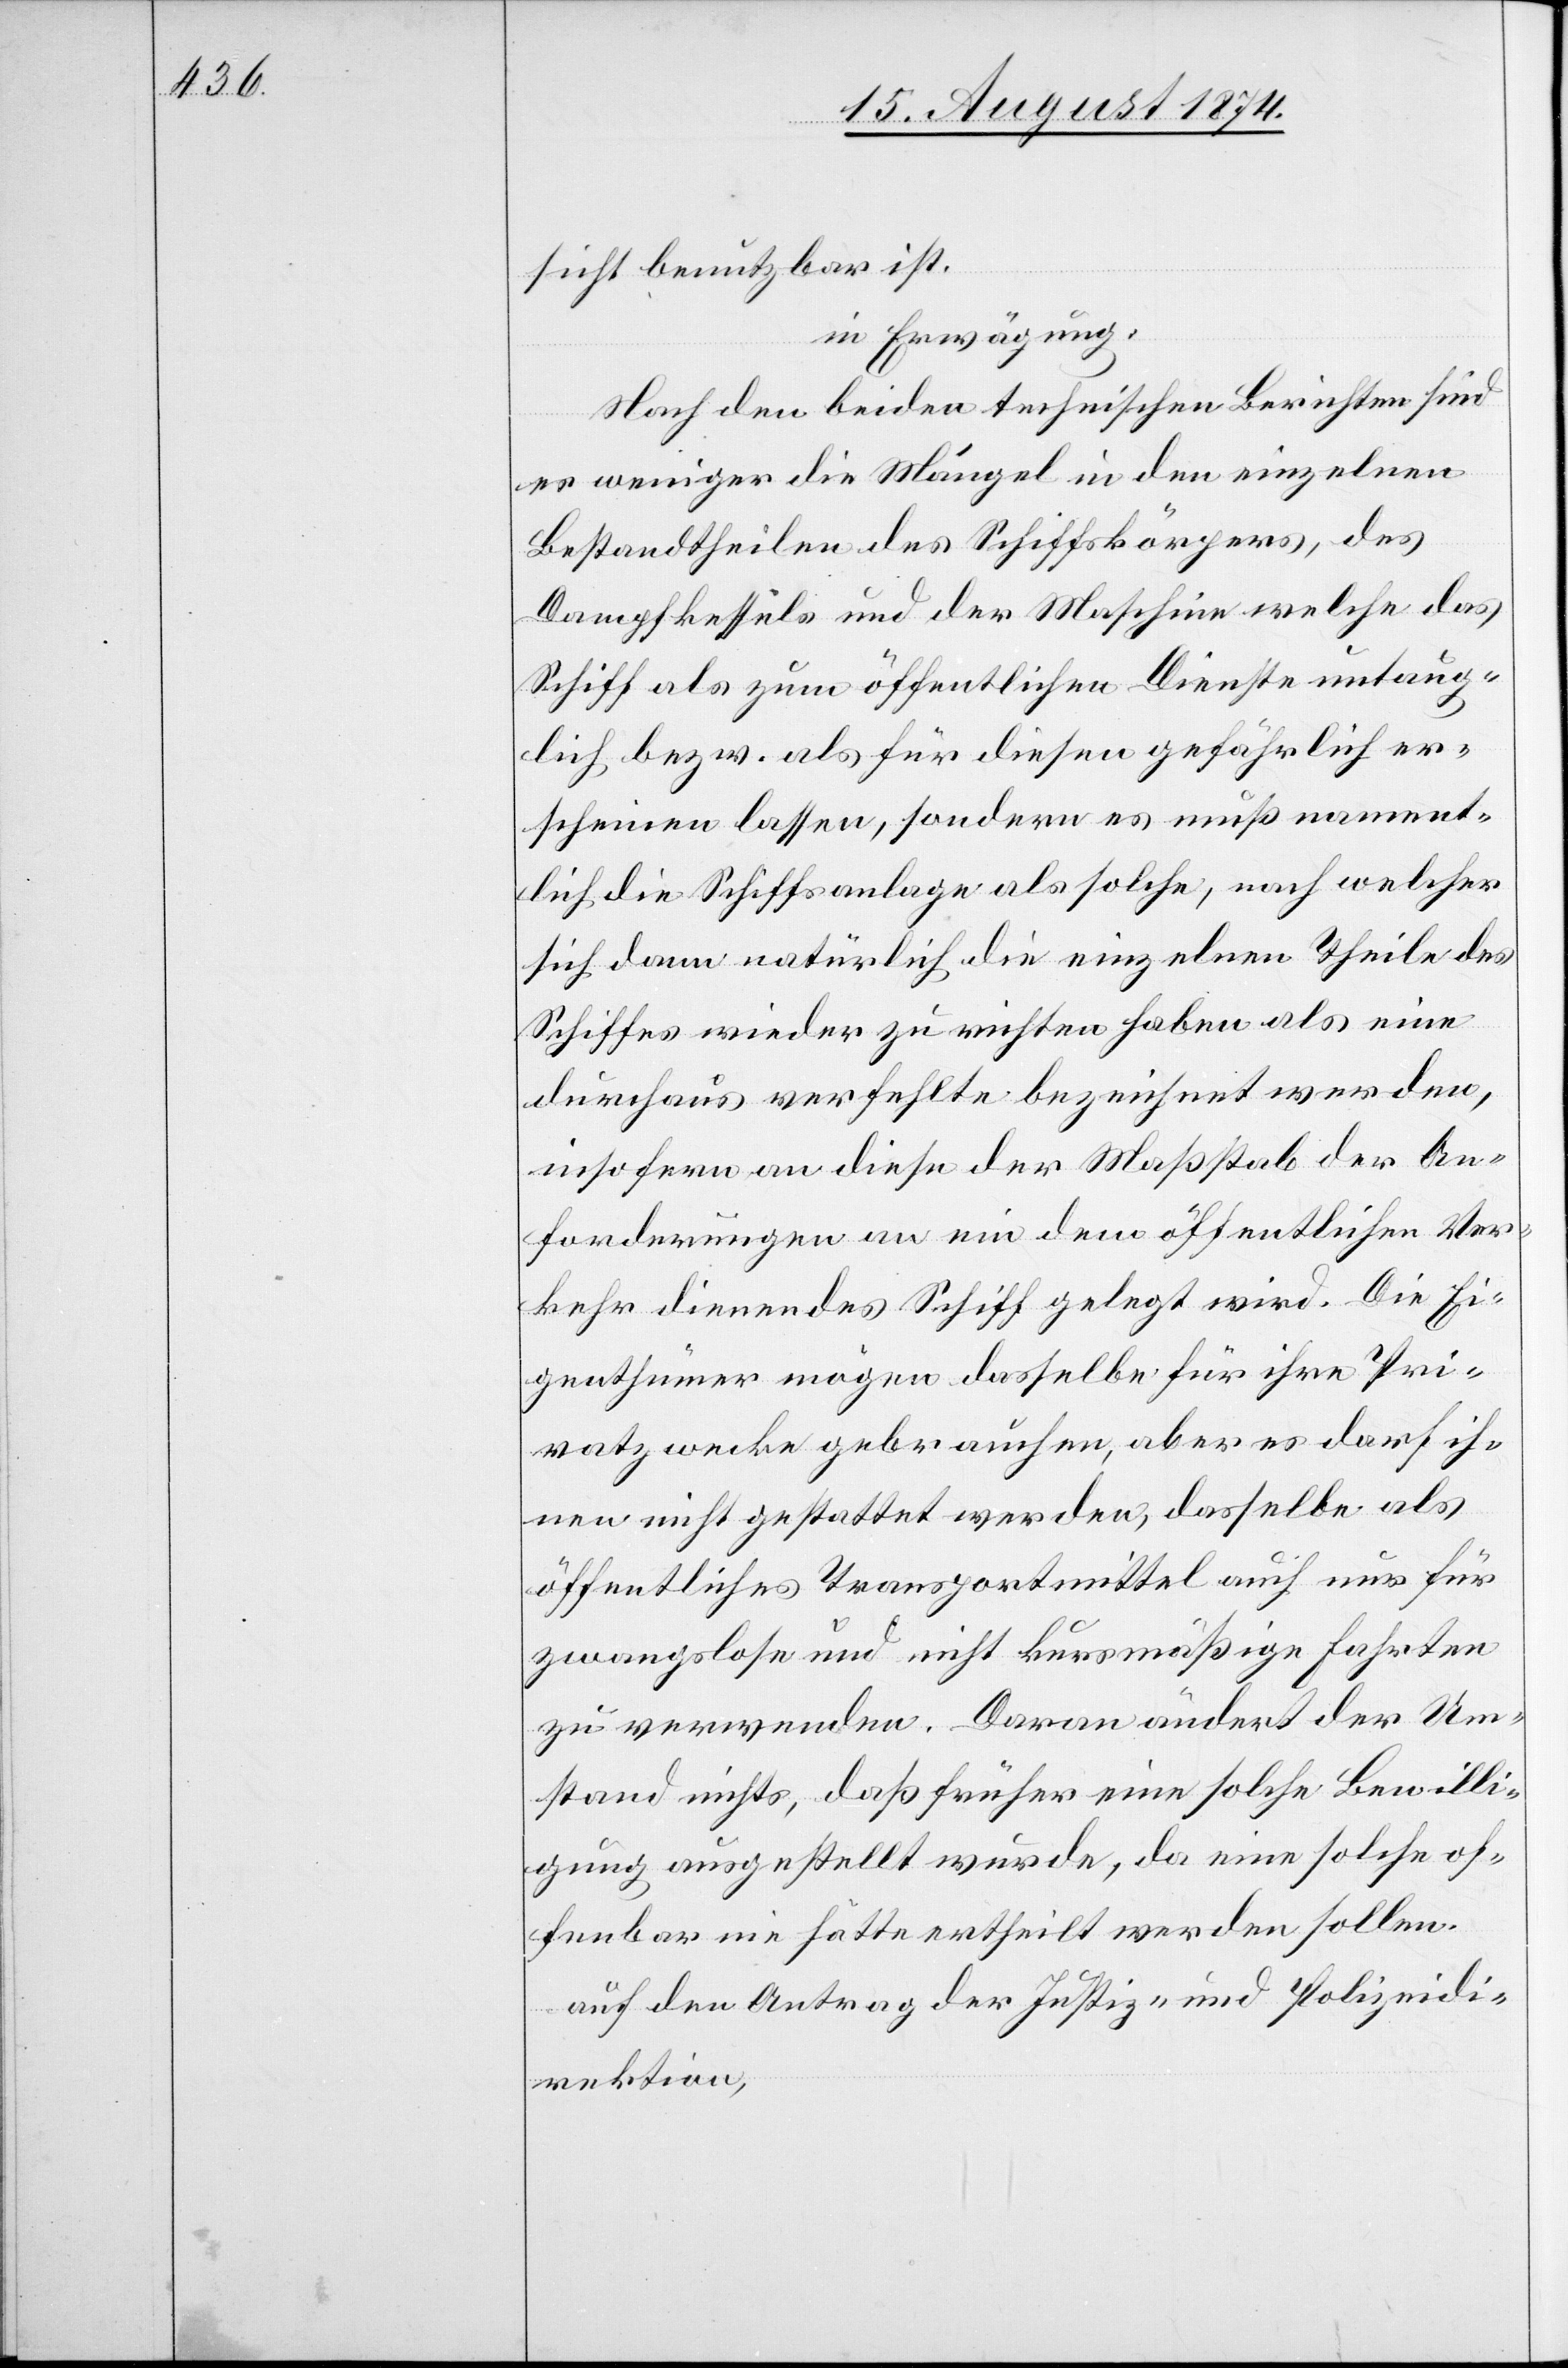
sicht benutzbar ist.
in Erwägung:
Nach den beiden technischen Berichten sind
es weniger die Mängel in den einzelnen
Bestandtheilen des Schiffskörpers, des
Dampfkessels und der Maschine welche das
Schiff als zum öffentlichen Dienste untaug¬
lich bzw. als für diesen gefährlich er¬
scheinen lassen, sondern es muß nament¬
lich die Schiffsanlage als solche, nach welcher
sich dann natürlich die einzelnen Theile des
Schiffes wieder zu richten haben als eine
durchaus verfehlte bezeichnet werden,
insofern an diese der Maßstab der An¬
forderungen an ein dem öffentlichen Ver¬
kehr dienendes Schiff gelegt wird. Die Ei¬
genthümer mögen dasselbe für ihre Pri¬
vatzwecke gebrauchen, aber es darf ih¬
nen nicht gestattet werden, dasselbe als
öffentliches Transportmittel auch nur für
zwangslose und nicht kursmäßige Fahrten
zu verwenden. Daran ändert der Um¬
stand nichts, daß früher eine solche Bewilli¬
gung ausgestellt wurde, da eine solche of¬
fenbar nie hätte ertheilt werden sollen.
auf den Antrag der Justiz- und Polizeidi¬
rektion,